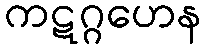
ကဋဂ္ဂဟေန